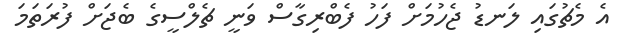
އެ މެޗުގައި ލަނޑު ޖެހުމަށް ފަހު ފެބްރިގާސް ވަނީ ޗެލްސީގެ ބެޖަށް ފުރަަތަަމަ